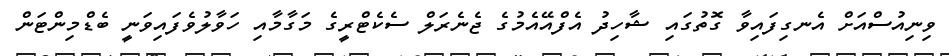
ވިނިއުސްއަށް އެނގިފައިވާ ގޮތުގައި ޝާހިދު އެފްއޭއެމުގެ ޖެނެރަލް ސެކެޓްރީގެ މަގާމާއި ހަވާލުވެފައިވަނީ ބެޑްމިންޓަން